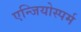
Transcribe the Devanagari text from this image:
एन्जियोस्पर्म